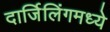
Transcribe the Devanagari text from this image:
दार्जिलिंगमध्ये